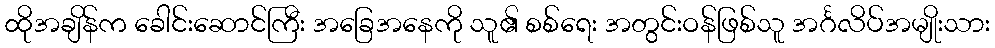
ထိုအချိန်က ခေါင်းဆောင်ကြီး အခြေအနေကို သူ၏ စစ်ရေး အတွင်းဝန်ဖြစ်သူ အင်္ဂလိပ်အမျိုးသား